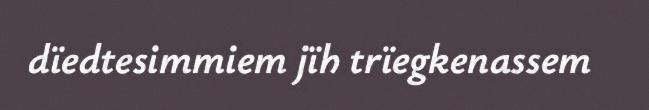
dïedtesimmiem jïh trïegkenassem